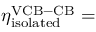
\eta _ { \mathrm { i s o l a t e d } } ^ { \mathrm { V C B - C B } } =